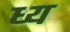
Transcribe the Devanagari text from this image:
ध्य